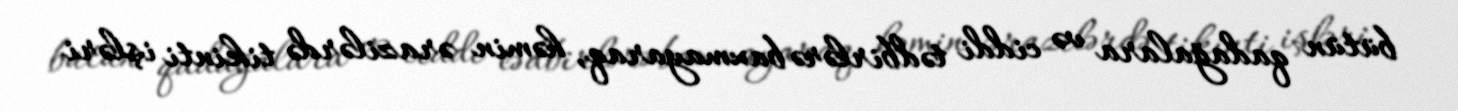
bütün qadağalara və ciddi tədbirlərə baxmayaraq, həmin ərazilərdə tikinti işləri